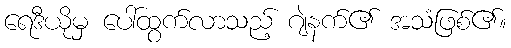
ရေဒီယိုမှ ပေါ်ထွက်လာသည့် ဂျဲနက်၏ အသံဖြစ်၏။